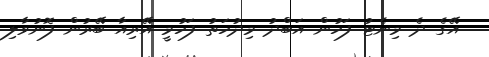
އޭގެ ދެ މިނެޓު ފަހުން އަބްދު މިދުހަތު ފަހުމީ އޭރިއާ ބޭރުން ފޮނުވާލި